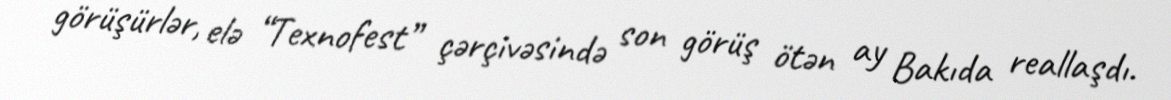
görüşürlər, elə “Texnofest” çərçivəsində son görüş ötən ay Bakıda reallaşdı.